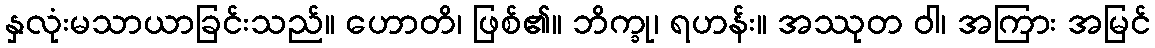
နှလုံးမသာယာခြင်းသည်။ ဟောတိ၊ ဖြစ်၏။ ဘိက္ခု၊ ရဟန်း။ အဿုတ ဝါ၊ အကြား အမြင်